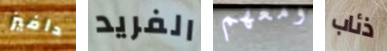
دافيز الفريد ومعهم ذئاب